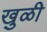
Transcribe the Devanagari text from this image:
खुळी